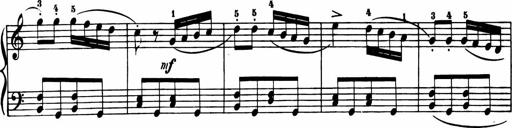
Title: 11 Sonatinas for Piano Solo
Composer: Anton Diabelli